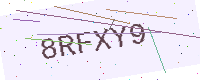
Text: 8RFXY9